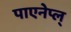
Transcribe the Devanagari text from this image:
पाएनेप्ल्